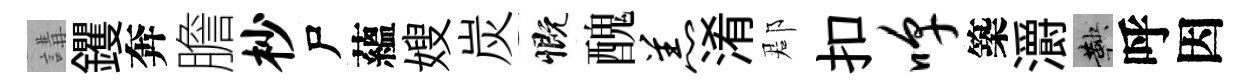
講钁奔膽杪尸蘊嫂炭慨醜羔淆郡扣嗥築灂鞅呼因